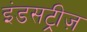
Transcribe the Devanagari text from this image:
इंडसट्रीज़